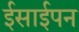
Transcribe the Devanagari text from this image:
ईसाईपन